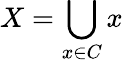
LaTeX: X=\bigcup_{x\in C}x